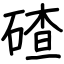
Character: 碴